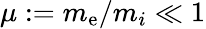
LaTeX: \mu:=m_{\mathrm{e}}/m_{i}\ll1